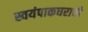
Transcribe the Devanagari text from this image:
स्वयंपाकघराची